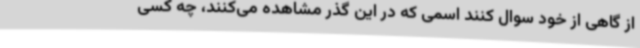
از گاهی از خود سوال کنند اسمی که در این گذر مشاهده می‌کنند، چه کسی